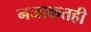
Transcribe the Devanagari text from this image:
नजाकतही